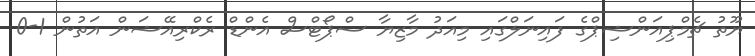
ޔޫތު ޗެމްޕިއަންޝިޕްގެ ފައިނަލްގައި މިއަދު މާޒިޔާ ސްޕޯޓްސް އެންޑް ރެކްރިއޭޝަން އަތުން 1-0